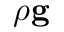
\rho \mathbf { g }